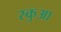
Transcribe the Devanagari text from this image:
स्कुआ